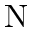
\mathrm { N }